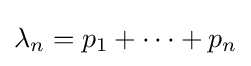
\lambda _{n}=p_{1}+\cdots +p_{n}